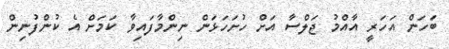
ބަހަން އަހަރީ އާއްމު ޖަލްސާ އަށް ހުށަހަޅަން ނިންމާފައިވާ ކަމަށް އެ ކުންފުނިން